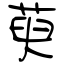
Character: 萸